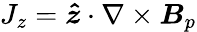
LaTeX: J_{z}=\boldsymbol{\hat{z}}\cdot\nabla\times\boldsymbol{B}_{p}